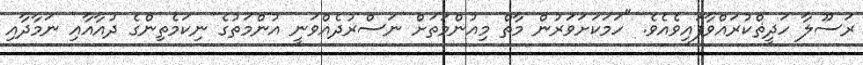
ރަސޫލާ ހަދީޡްކުރައްވާފައިވެއެވެ. "ހަމަކަށަވަރުން މާތް މިއުންމަތަށް ނަސްރުދެއްވަނީ އުންމަތުގެ ނިކަމެތިންގެ ދުއާއާއި ނަމާދާއި